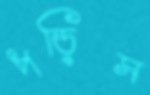
পড়িস